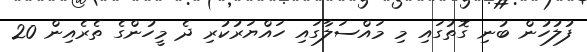
ފުލުހުން ބުނި ގޮތުގައި މި މައްސަލާގައި ހައްޔަރުކުރި ދެ މީހުންގެ ތެރެއިން 20